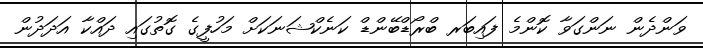
ވަންދެން ނަންގަވާ ކޮންމެ ފައިބަރ ބްރޯޑްބޭންޑް ކަނެކްޝަނަކަށް މަހުފީގެ ގޮތުގައި ދައްކާ އަދަދުން